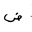
Letter: _dad